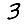
Digit: 3